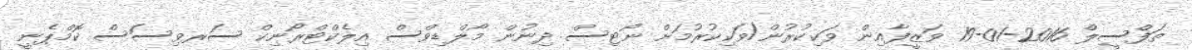
ތަފްސީލް 2016-01-19 ވަޒީފާއިން ވަކިކުރުން/ވަކިކުރުމަށް ނޯޓިސް ދިނުން މޯލްޑިވްސް އިލެކްޓްރޯނިކް ސަރވިސަސް ކޮމްޕެނީ